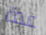
عدة